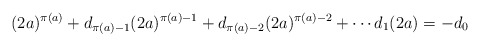
\begin{align*}(2a)^{\pi(a)} + d_{\pi(a) - 1}(2a)^{\pi(a) - 1} + d_{\pi(a) - 2}(2a)^{\pi(a) - 2} + \cdots d_1(2a) = -d_0\end{align*}